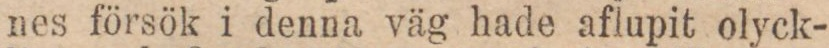
nes försök i denna väg hade aflupit olyck-